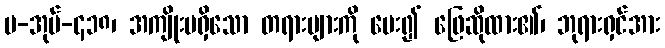
ပ-အုပ်-၄၁၈၊ အကျိုးမရှိသော တရားများကို မေး၍ ဖြေဆိုထား၏၊ ဘုရားရှင်အား